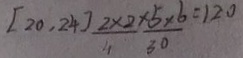
[ 2 0 , 2 4 ] 2 \times 2 \times 5 \times 6 = 1 2 0